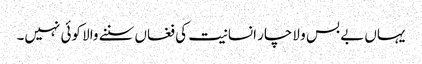
یہاں بے بس و لاچار انسانیت کی فغاں سننے والا کوئی نہیں۔